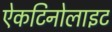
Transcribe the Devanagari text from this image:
ऐकटिनोलाइट